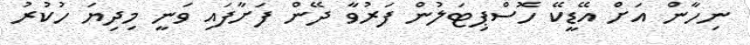
ނިހާން އަށް އޭޑީކޭ ހޮސްޕިޓަލުން ފަރުވާ ދޭން ފަށާފައި ވަނީ މިދިޔަ ހުކުރު